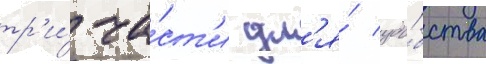
тр'и́ ча́ст'и дл'я́ удо́бства